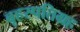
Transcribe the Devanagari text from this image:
बृहस्पतिग्रह